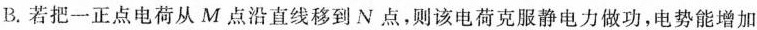
B.若把一正点电荷从M点沿直线移到N点，则该电荷克服静电力做功，电势能增加